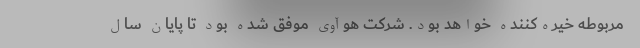
مربوطه خیره‌کننده خواهد بود. شرکت هوآوی موفق شده بود تا پایان سال